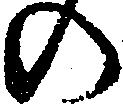
の